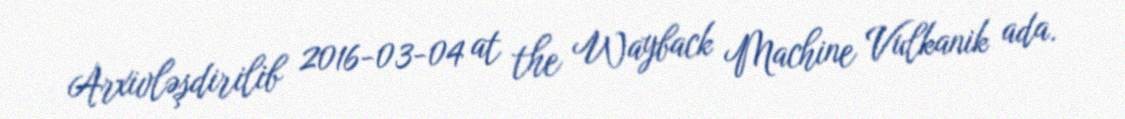
Arxivləşdirilib 2016-03-04 at the Wayback Machine Vulkanik ada.